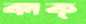
ঝাক্